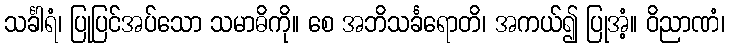
သင်္ခါရံ၊ ပြုပြင်အပ်သော သမာဓိကို။ စေ အဘိသင်္ခရောတိ၊ အကယ်၍ ပြုအံ့။ ဝိညာဏံ၊